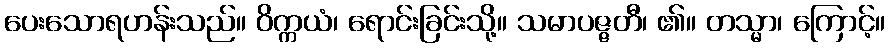
ပေးသောရဟန်းသည်။ ဝိက္ကယံ၊ ရောင်းခြင်းသို့။ သမာပဇ္ဇတီ၊ ၏။ တသ္မာ၊ ကြောင့်။